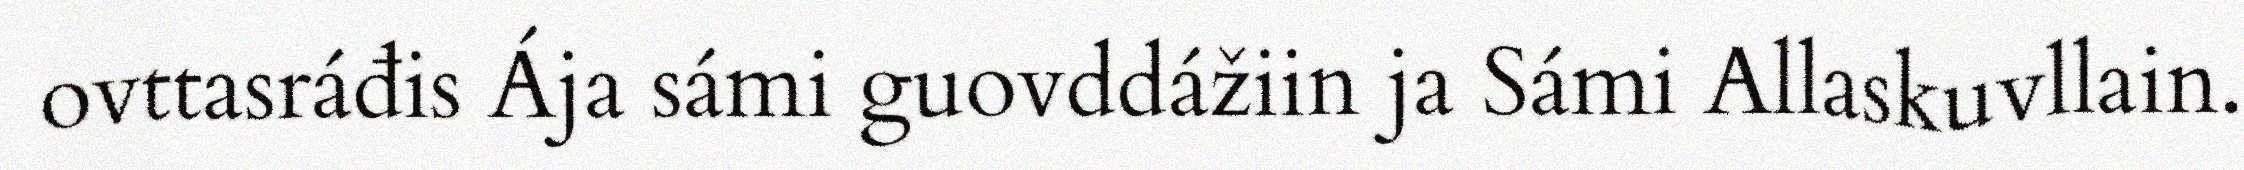
ovttasráđis Ája sámi guovddážiin ja Sámi Allaskuvllain.